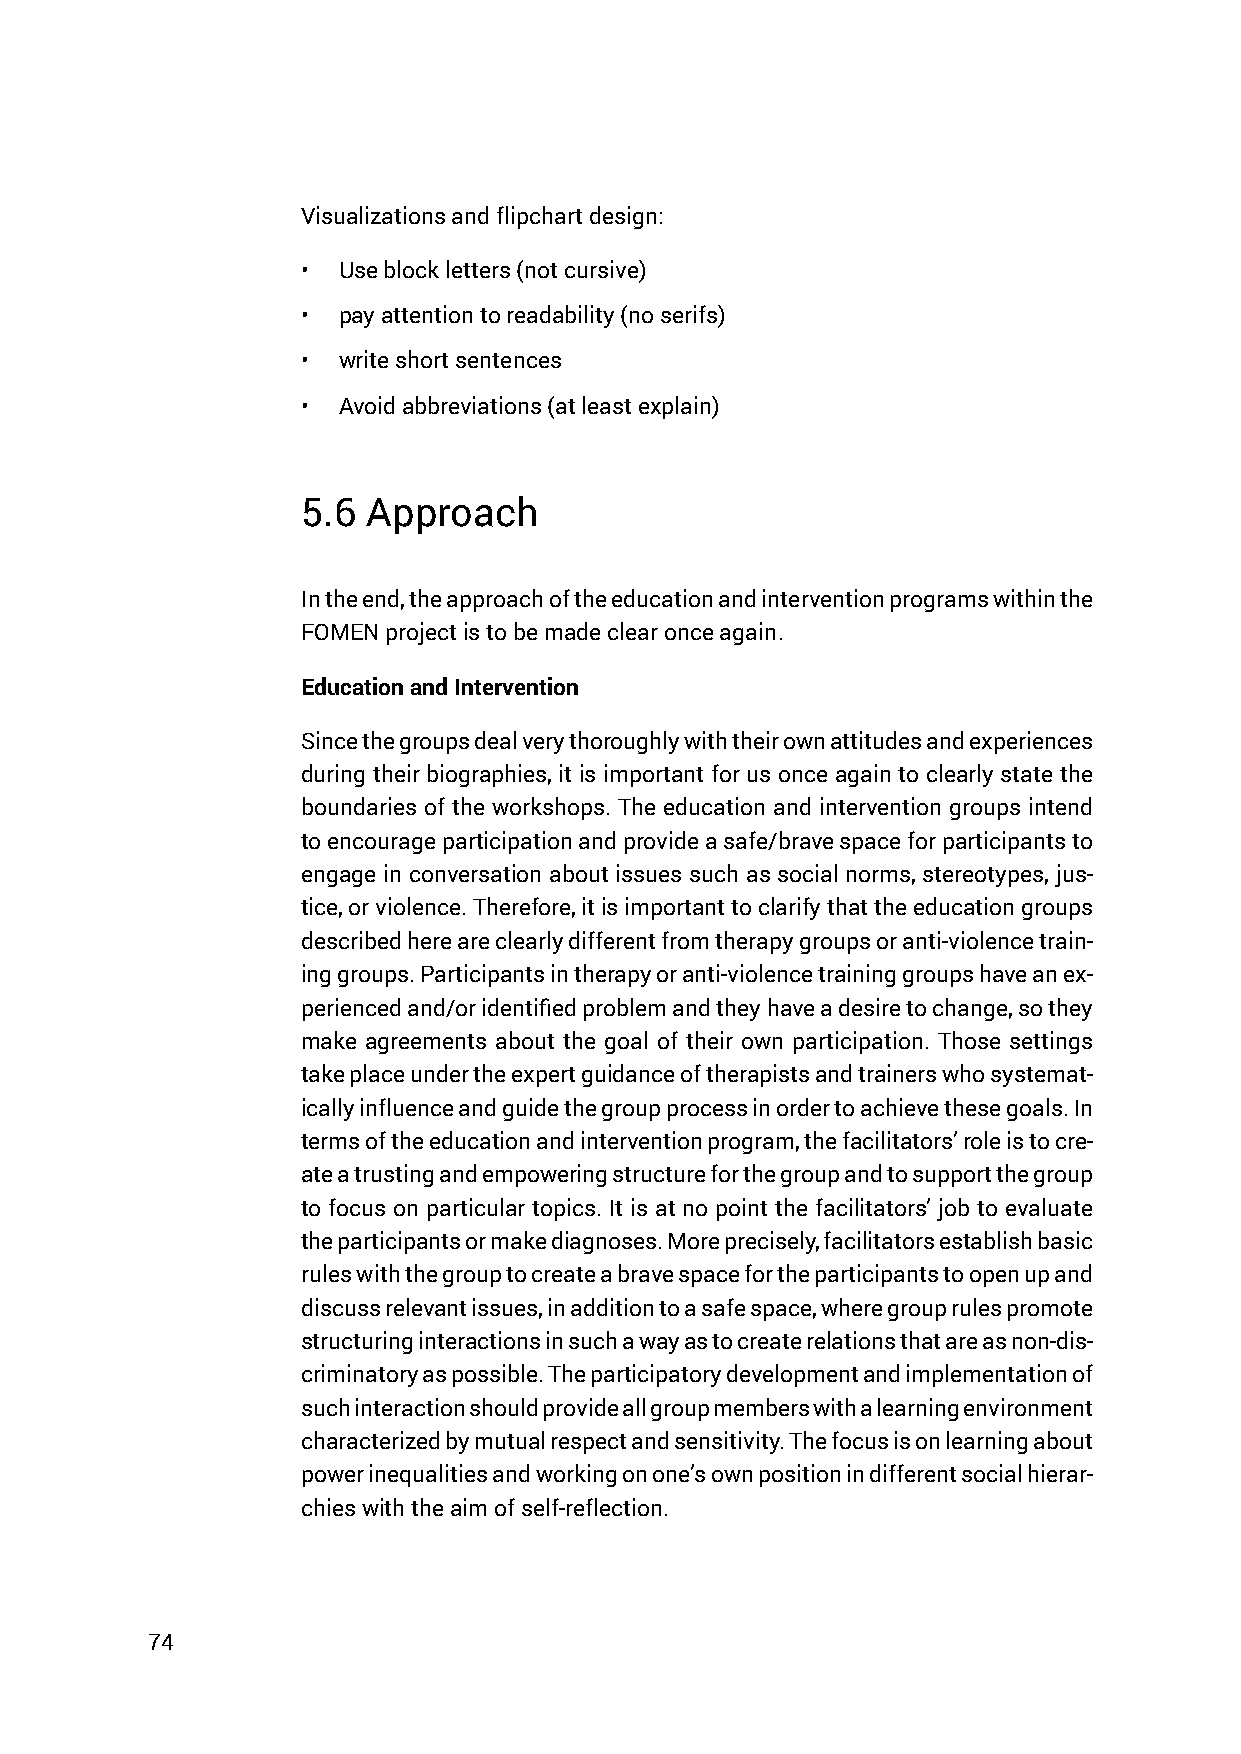
Visualizations and flipchart design:
 • Use block letters (not cursive)
 • pay attention to readability (no serifs)
 • write short sentences
 • Avoid abbreviations (at least explain)
 5.6 Approach
 In the end, the approach of the education and intervention programs within the
 FOMEN project is to be made clear once again.
 Education and Intervention
 Since the groups deal very thoroughly with their own attitudes and experiences
 during their biographies, it is important for us once again to clearly state the
 boundaries of the workshops. The education and intervention groups intend
 to encourage participation and provide a safe/brave space for participants to
 engage in conversation about issues such as social norms, stereotypes, jus-
 tice, or violence. Therefore, it is important to clarify that the education groups
 described here are clearly different from therapy groups or anti-violence train-
 ing groups. Participants in therapy or anti-violence training groups have an ex-
 perienced and/or identified problem and they have a desire to change, so they
 make agreements about the goal of their own participation. Those settings
 take place under the expert guidance of therapists and trainers who systemat-
 ically influence and guide the group process in order to achieve these goals. In
 terms of the education and intervention program, the facilitators’ role is to cre-
 ate a trusting and empowering structure for the group and to support the group
 to focus on particular topics. It is at no point the facilitators’ job to evaluate
 the participants or make diagnoses. More precisely, facilitators establish basic
 rules with the group to create a brave space for the participants to open up and
 discuss relevant issues, in addition to a safe space, where group rules promote
 structuring interactions in such a way as to create relations that are as non-dis-
 criminatory as possible. The participatory development and implementation of
 such interaction should provide all group members with a learning environment
 characterized by mutual respect and sensitivity. The focus is on learning about
 power inequalities and working on one’s own position in different social hierar-
 chies with the aim of self-reflection.
 74